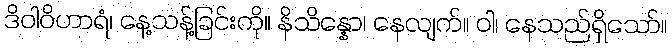
ဒိဝါဝိဟာရံ၊ နေ့သန့်ခြင်းကို။ နိသိန္နော၊ နေလျက်။ ဝါ၊ နေသည်ရှိသော်။